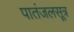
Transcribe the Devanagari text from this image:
पातंजलसूत्र